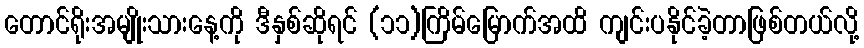
တောင်ရိုးအမျိုးသားနေ့ကို ဒီနှစ်ဆိုရင် (၁၁)ကြိမ်မြောက်အထိ ကျင်းပနိုင်ခဲ့တာဖြစ်တယ်လို့